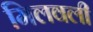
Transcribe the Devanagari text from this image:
मिलवली